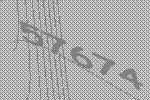
57674